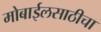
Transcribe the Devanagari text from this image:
मोबाईलसाठीचा